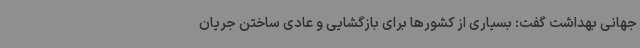
جهانی بهداشت گفت: بسیاری از کشورها برای بازگشایی و عادی ساختن جریان